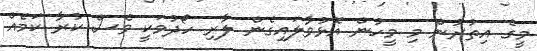
މީގެ އިތުރުން މި މީހުން އޮޅުވާލައިގެން ލާރި ހޯދުމަކީ ވެސް ކުރާ ކަމެއް